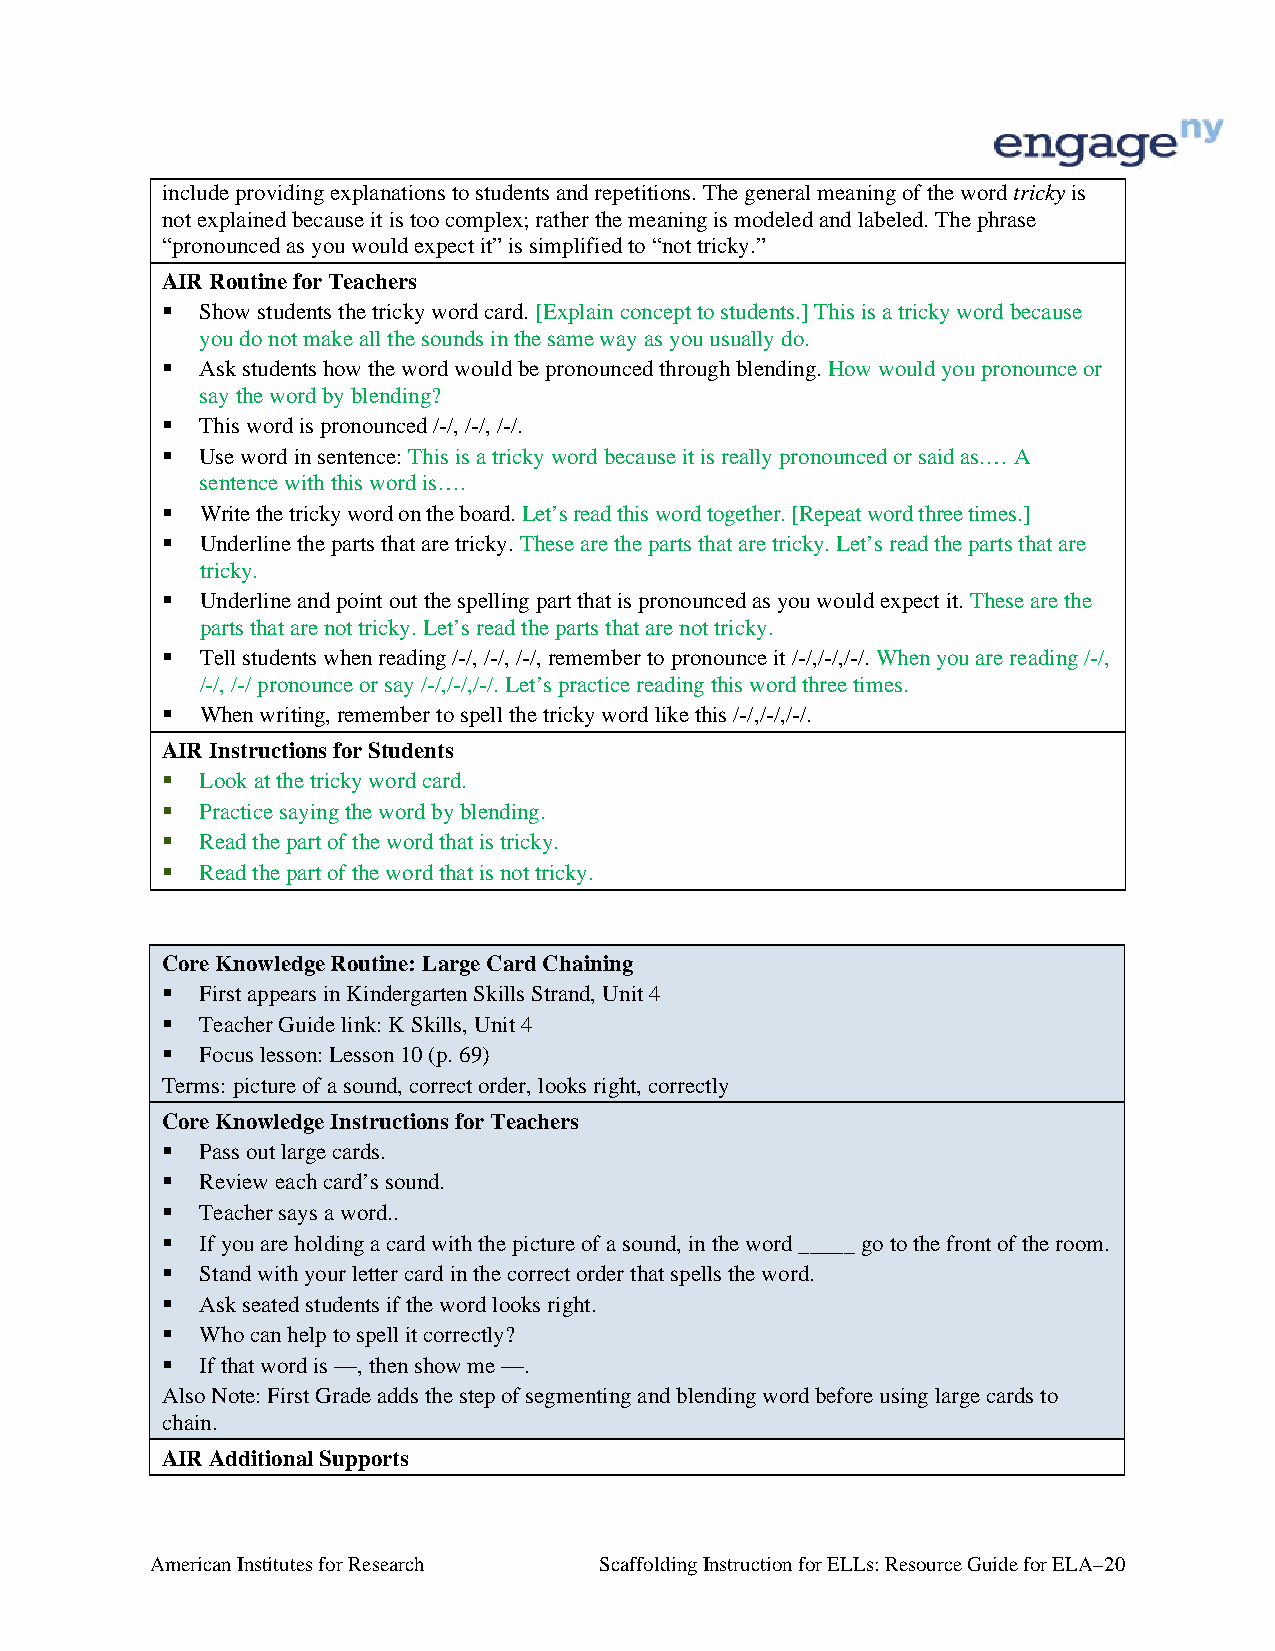
include providing explanations to students and repetitions. The general meaning of the word tricky is
 not explained because it is too complex; rather the meaning is modeled and labeled. The phrase
 “pronounced as you would expect it” is simplified to “not tricky.”
 AIR Routine for Teachers
  Show students the tricky word card. [Explain concept to students.] This is a tricky word because
 you do not make all the sounds in the same way as you usually do.
  Ask students how the word would be pronounced through blending. How would you pronounce or
 say the word by blending?
  This word is pronounced /-/, /-/, /-/.
  Use word in sentence: This is a tricky word because it is really pronounced or said as.… A
 sentence with this word is….
  Write the tricky word on the board. Let’s read this word together. [Repeat word three times.]
  Underline the parts that are tricky. These are the parts that are tricky. Let’s read the parts that are
 tricky.
  Underline and point out the spelling part that is pronounced as you would expect it. These are the
 parts that are not tricky. Let’s read the parts that are not tricky.
  Tell students when reading /-/, /-/, /-/, remember to pronounce it /-/,/-/,/-/. When you are reading /-/,
 /-/, /-/ pronounce or say /-/,/-/,/-/. Let’s practice reading this word three times.
  When writing, remember to spell the tricky word like this /-/,/-/,/-/.
 AIR Instructions for Students
  Look at the tricky word card.
  Practice saying the word by blending.
  Read the part of the word that is tricky.
  Read the part of the word that is not tricky.
 Core Knowledge Routine: Large Card Chaining
  First appears in Kindergarten Skills Strand, Unit 4
  Teacher Guide link: K Skills, Unit 4
  Focus lesson: Lesson 10 (p. 69)
 Terms: picture of a sound, correct order, looks right, correctly
 Core Knowledge Instructions for Teachers
  Pass out large cards.
  Review each card’s sound.
  Teacher says a word..
  If you are holding a card with the picture of a sound, in the word _____ go to the front of the room.
  Stand with your letter card in the correct order that spells the word.
  Ask seated students if the word looks right.
  Who can help to spell it correctly?
  If that word is —, then show me —.
 Also Note: First Grade adds the step of segmenting and blending word before using large cards to
 chain.
 AIR Additional Supports
 American Institutes for Research Scaffolding Instruction for ELLs: Resource Guide for ELA–20